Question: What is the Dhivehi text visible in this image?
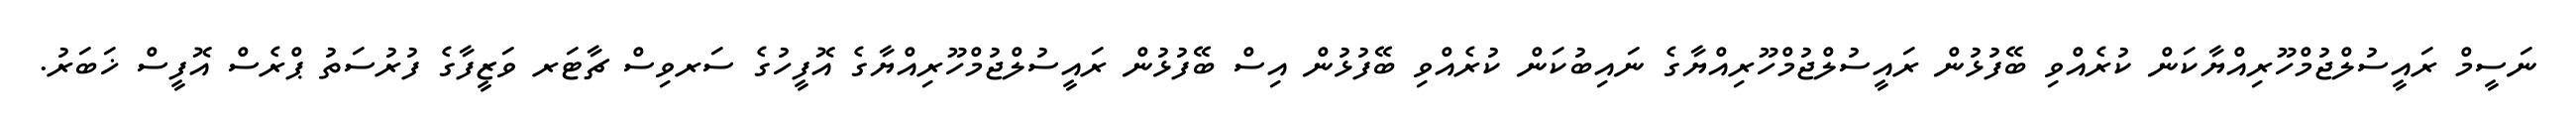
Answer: ނަސީމް ރައީސުލްޖުމްހޫރިއްޔާކަން ކުރެއްވި ބޭފުޅުން ރައީސުލްޖުމްހޫރިއްޔާގެ ނައިބުކަން ކުރެއްވި ބޭފުޅުން އިސް ބޭފުޅުން ރައީސުލްޖުމްހޫރިއްޔާގެ އޮފީހުގެ ސަރވިސް ޗާޓަރ ވަޒީފާގެ ފުރުސަތު ޕްރެސް އޮފީސް ޚަބަރު.